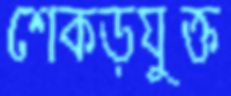
শেকড়যুক্ত